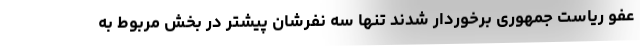
عفو ریاست جمهوری برخوردار شدند تنها سه نفرشان پیشتر در بخش مربوط به